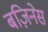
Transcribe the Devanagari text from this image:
बज़िनेस